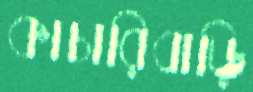
কাচারিবাড়ি